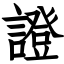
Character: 證